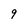
Character: 9